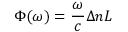
\Phi ( \omega ) = \frac { \omega } { c } \Delta n L